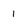
Character: 1